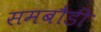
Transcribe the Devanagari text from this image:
समबौडी